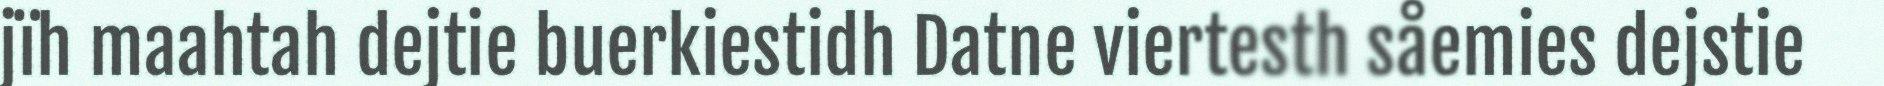
jïh maahtah dejtie buerkiestidh Datne viertesth såemies dejstie